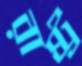
রাষ্ট্র